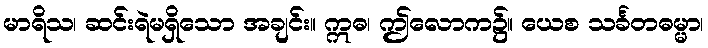
မာရိသ၊ ဆင်းရဲမရှိသော အချင်း။ ဣဓ၊ ဤလောက၌။ ယေစ သင်္ခတဓမ္မာ၊